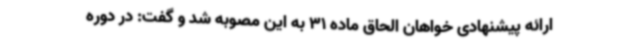
ارائه پیشنهادی خواهان الحاق ماده 31 به این مصوبه شد و گفت: در دوره